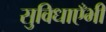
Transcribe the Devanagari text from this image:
सुविधाएँभी